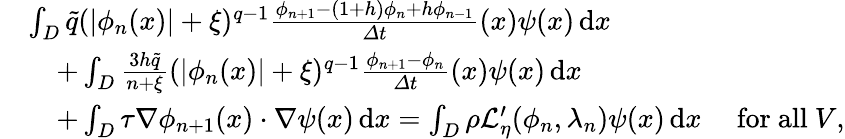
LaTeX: \begin{array}{rl}&{\int_{D}\tilde{q}(|\phi_{n}(x)|+\xi)^{q-1}\frac{\phi_{n+1}-(1+h)\phi_{n}+h\phi_{n-1}}{\varDelta t}(x){\psi}(x)\, \mathrm{d}x}\\ &{\quad+\int_{D}\frac{3h\tilde{q}}{n+\xi}(|\phi_{n}(x)|+\xi)^{q-1}\frac{\phi_{n+1}-\phi_{n}}{\varDelta t}(x){\psi}(x)\, \mathrm{d}x}\\ &{\quad+\int_{D}\tau\nabla\phi_{n+1}(x)\cdot\nabla{\psi}(x)\, \mathrm{d}x=\int_{D}\rho\mathcal{L}_{\eta}^{\prime}(\phi_{n},\lambda_{n})\psi(x)\, \mathrm{d}x\quad\mathrm{~for~all~}V,}\end{array}